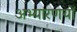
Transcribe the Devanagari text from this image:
अभ्यारणयों